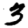
Digit: 3